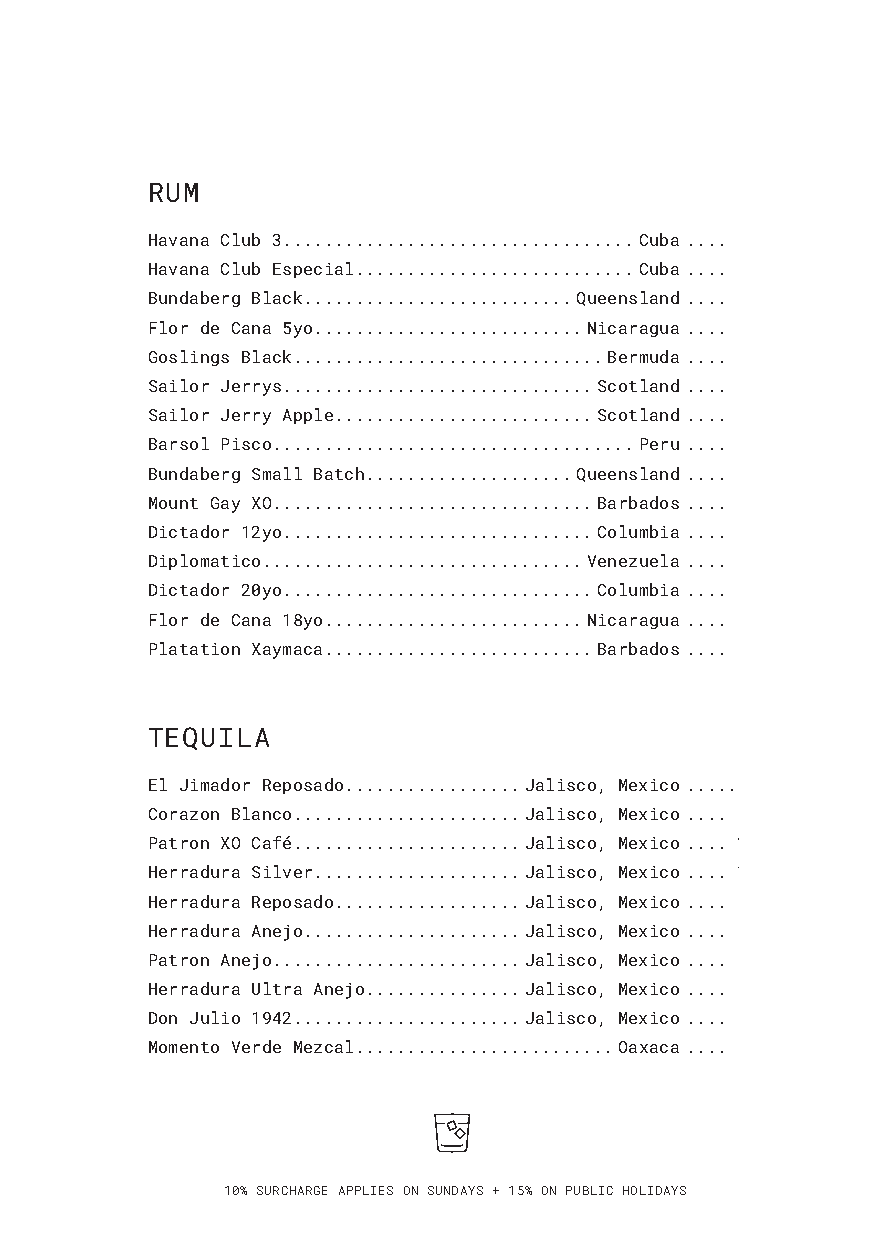
RUM
 Havana Club 3..................................Cuba ..... 9
 Havana Club Especial...........................Cuba ..... 9
 Bundaberg Black..........................Queensland ..... 9
 Flor de Cana 5yo..........................Nicaragua ..... 9
 Goslings Black..............................Bermuda .... 10
 Sailor Jerrys..............................Scotland .... 10
 Sailor Jerry Apple.........................Scotland .... 10
 Barsol Pisco. ..................................Peru .... 11
 Bundaberg Small Batch....................Queensland .... 12
 Mount Gay XO. ..............................Barbados .... 12
 Dictador 12yo..............................Columbia .... 13
 Diplomatico. ..............................Venezuela .... 14
 Dictador 20yo..............................Columbia .... 16
 Flor de Cana 18yo.........................Nicaragua .... 17
 Platation Xaymaca..........................Barbados .... 18
 TEQUILA
 El Jimador Reposado.................Jalisco, Mexico ..... 9
 Corazon Blanco......................Jalisco, Mexico .... 10
 Patron XO Café......................Jalisco, Mexico .... 10
 Herradura Silver....................Jalisco, Mexico .... 12
 Herradura Reposado..................Jalisco, Mexico .... 13
 Herradura Anejo.....................Jalisco, Mexico .... 14
 Patron Anejo. .......................Jalisco, Mexico .... 15
 Herradura Ultra Anejo...............Jalisco, Mexico .... 20
 Don Julio 1942......................Jalisco, Mexico .... 25
 Momento Verde Mezcal.........................Oaxaca .... 14
 10% SURCHARGE APPLIES ON SUNDAYS + 15% ON PUBLIC HOLIDAYS